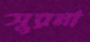
সুরনা